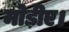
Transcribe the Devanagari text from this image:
मोड़ीए।